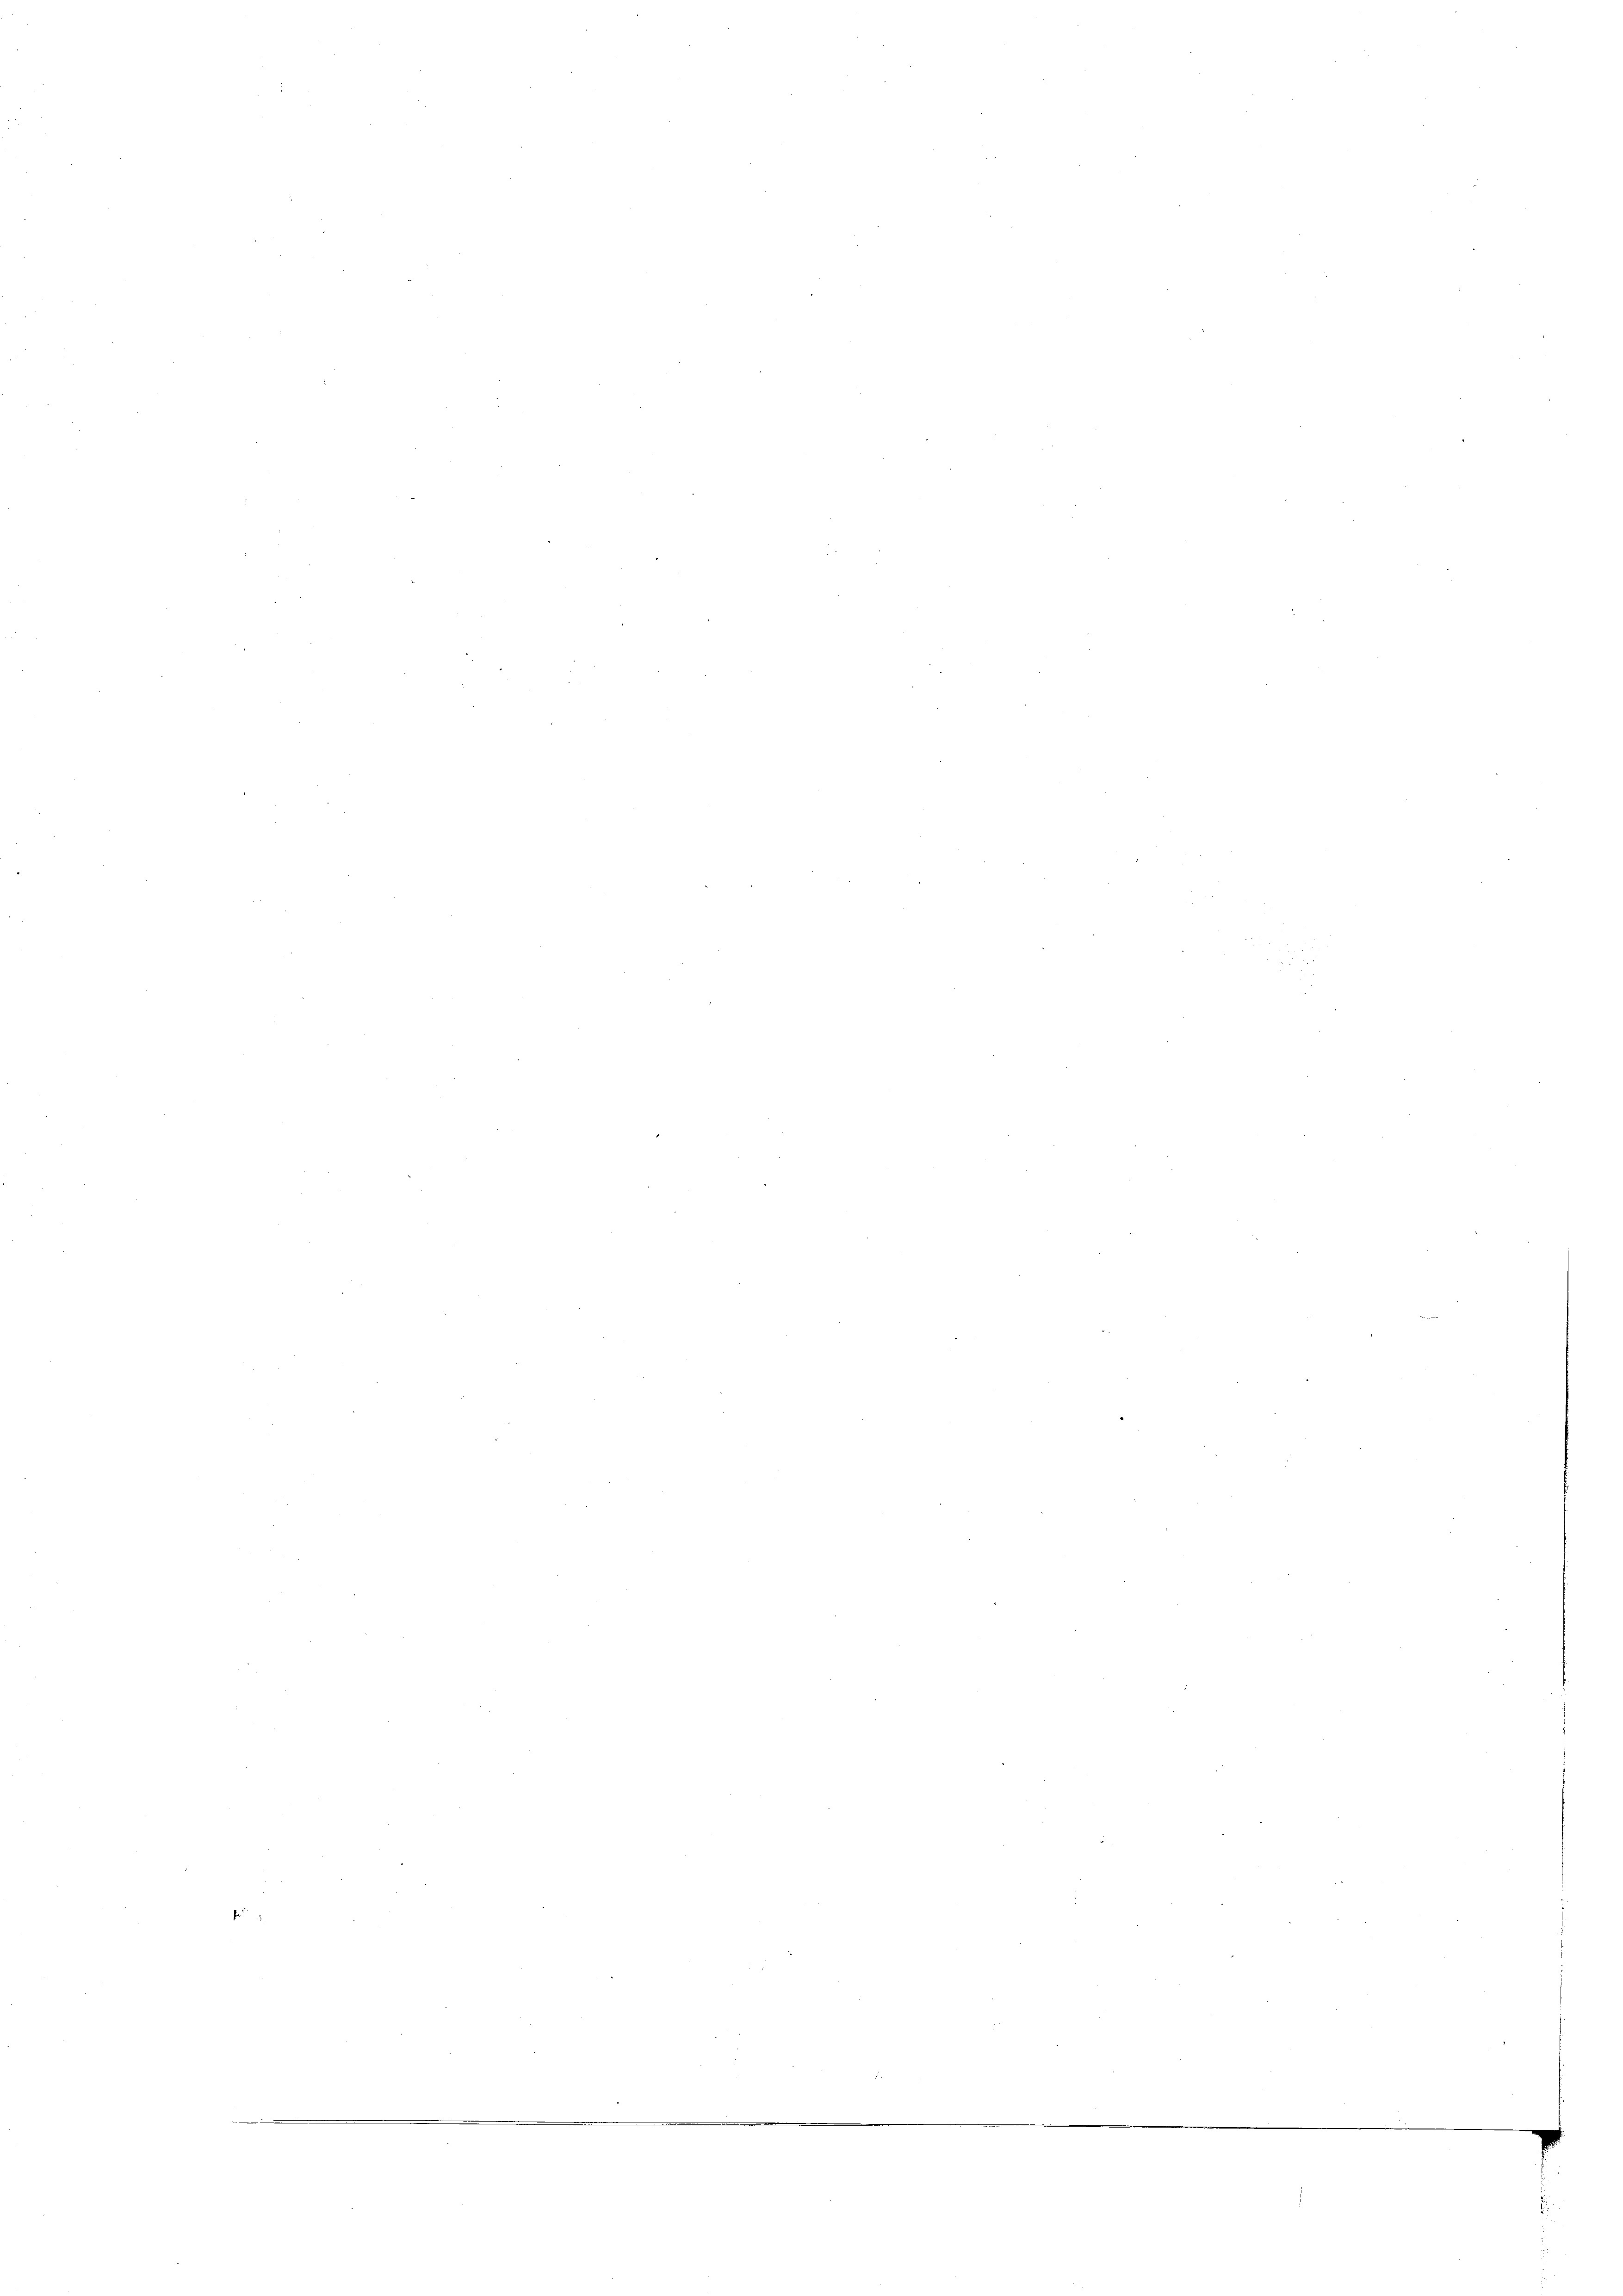
n

u

.

n

s

.

d

.

d